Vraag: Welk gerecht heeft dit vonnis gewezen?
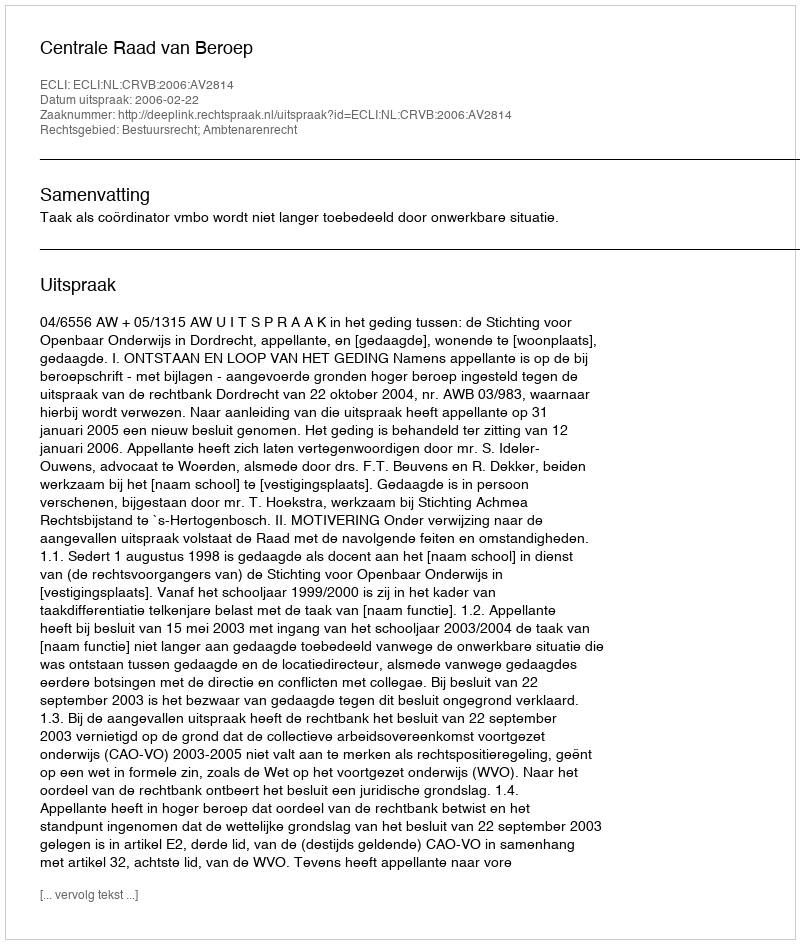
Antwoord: Centrale Raad van Beroep